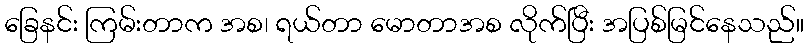
ခြေနင်း ကြမ်းတာက အစ၊ ရယ်တာ မောတာအစ လိုက်ပြီး အပြစ်မြင်နေသည်။